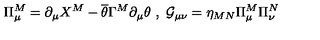
\Pi _ { \mu } ^ { M } = \partial _ { \mu } X ^ { M } - \overline { { \theta } } \Gamma ^ { M } \partial _ { \mu } \theta \ , \ \mathcal { G } _ { \mu \nu } = \eta _ { M N } \Pi _ { \mu } ^ { M } \Pi _ { \nu } ^ { N }